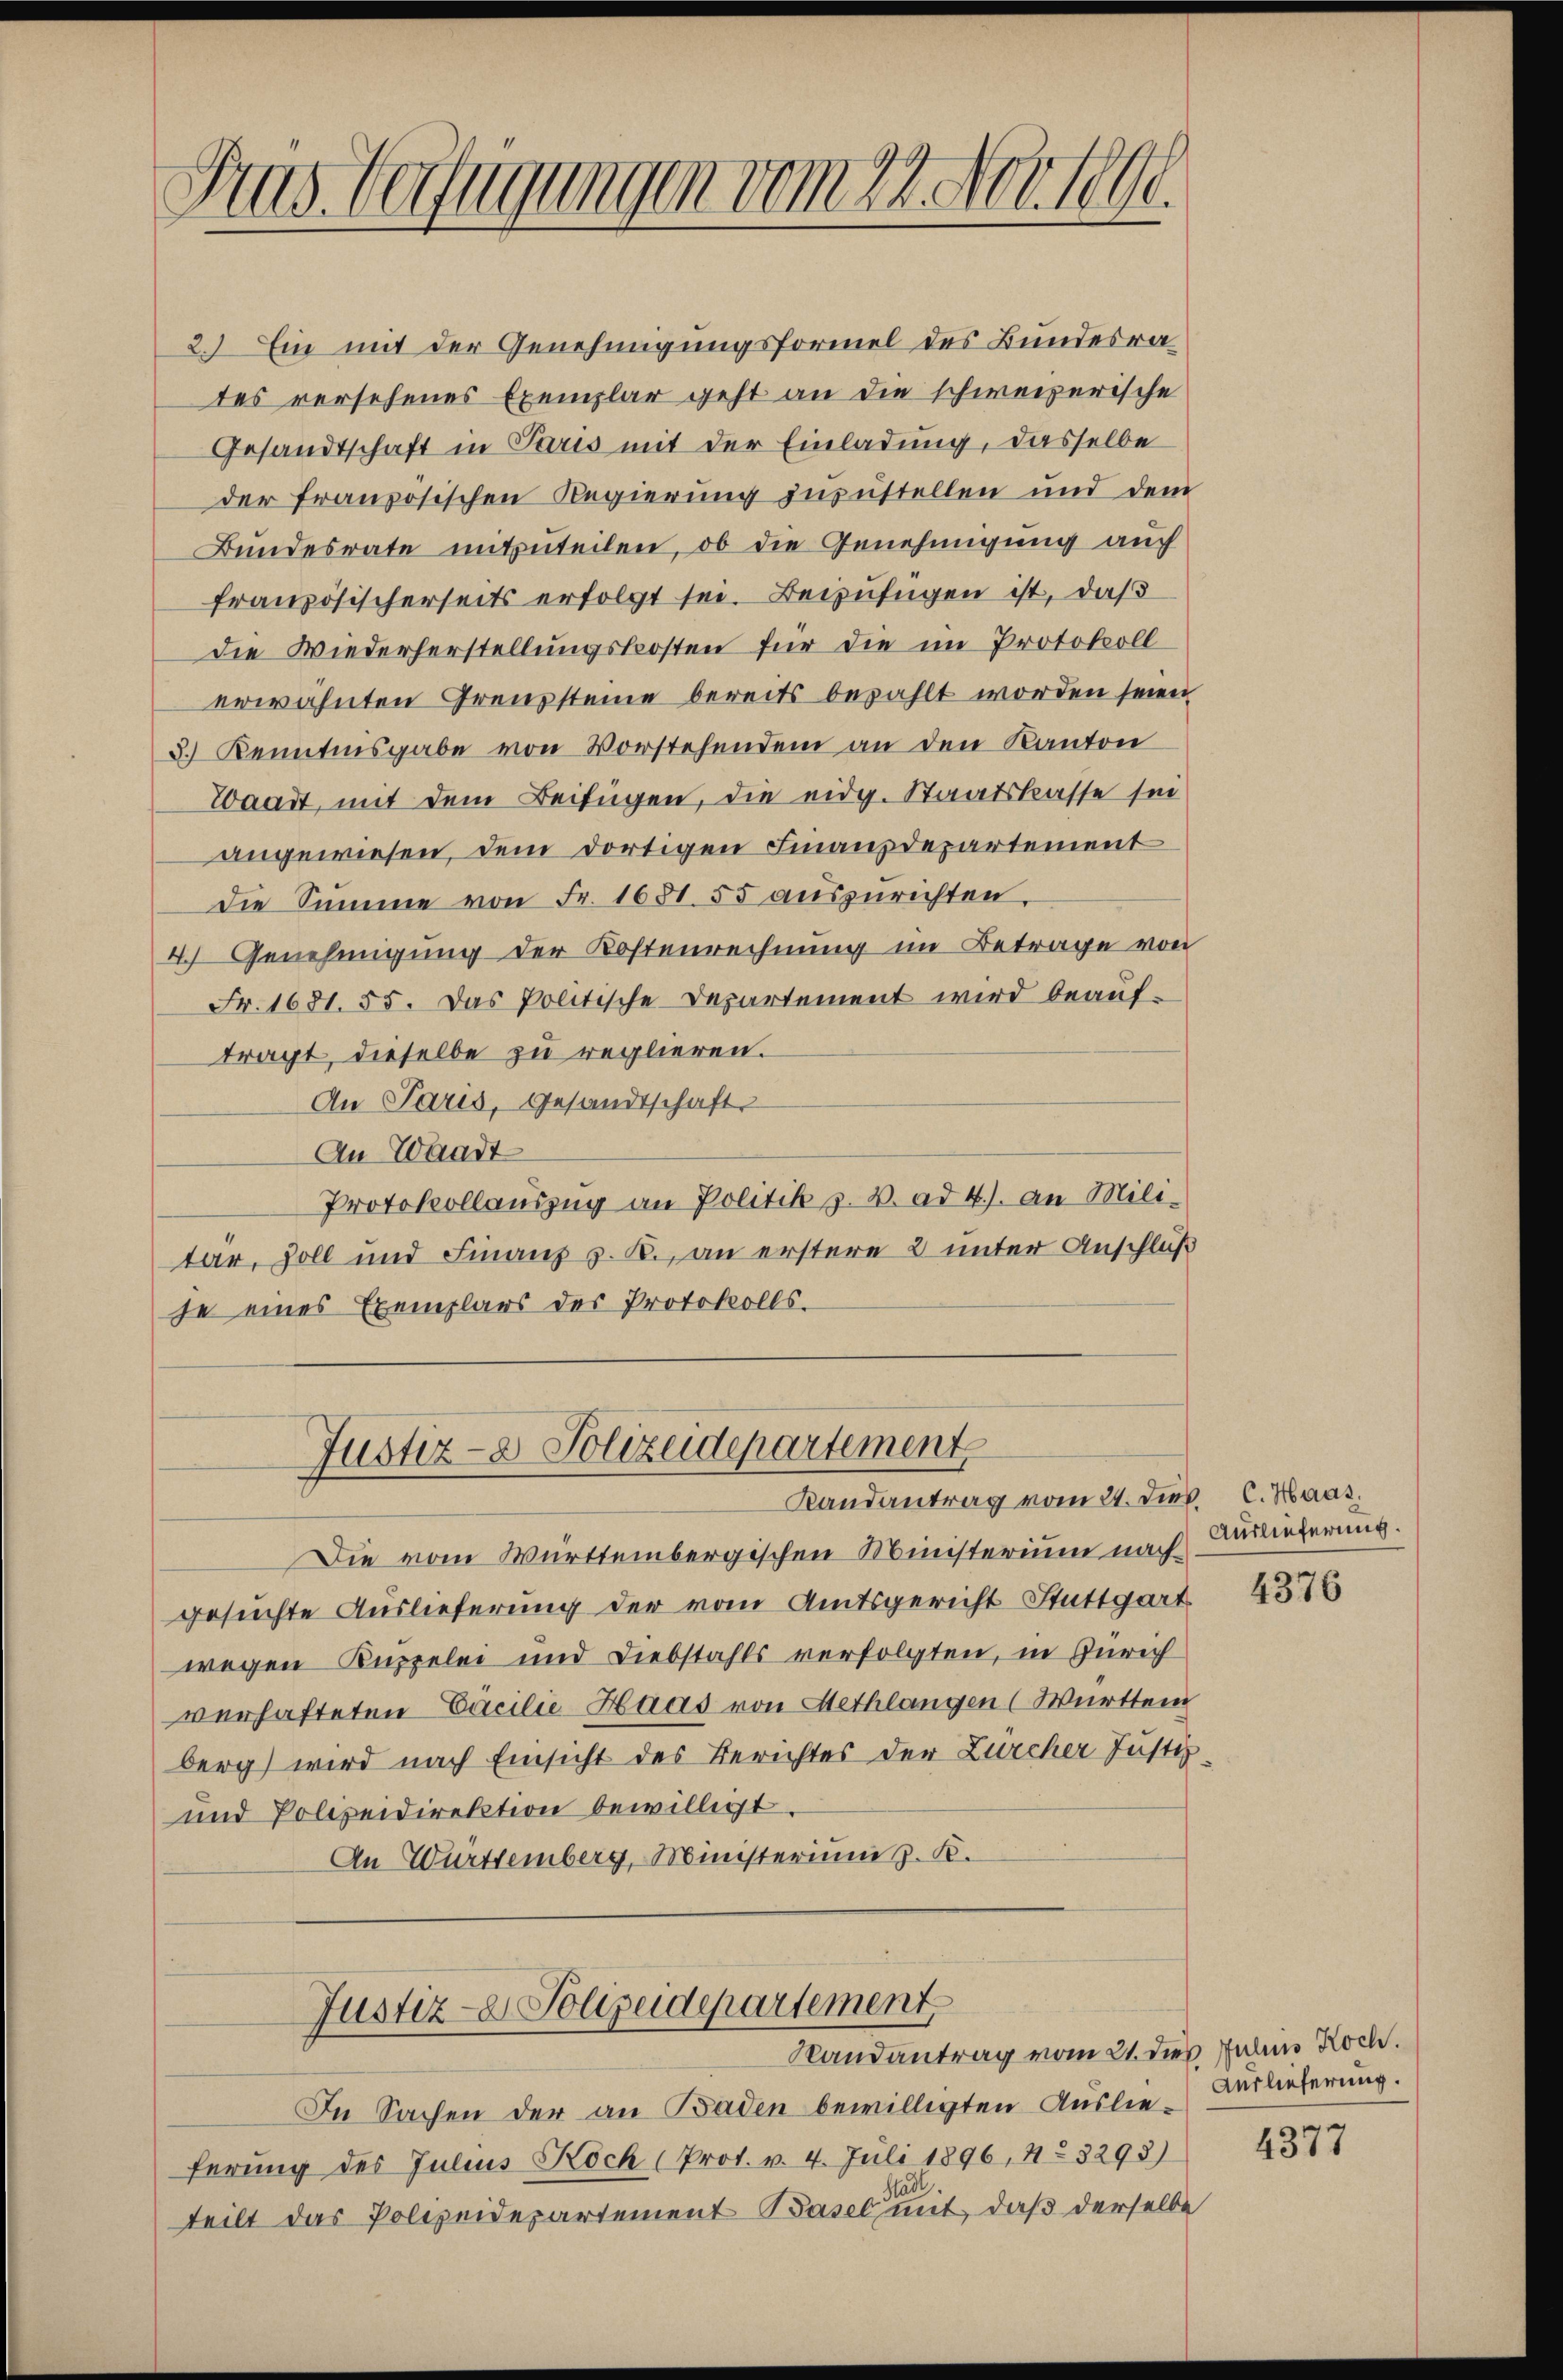
Pras Verfügungen vom 22. Nov. 1890.

2.) Ein mit der Genehmigungsformel des Bundesrates versehenes Exemplar geht an die schweizerische
Gesandtschaft in Paris mit der Einladung, dasselbe
der französischen Regierung zuzustellen und dem
Bundesrate mitzuteilen, ob die Genehmigung auch
französischerseits erfolgt sei. Beizufügen ist, daß
die Wiederherstellungskosten für die im Protokoll
erwähnten Grenzsteine bereits bezahlt worden seien
3.) Kenntnisgabe von Vorstehendem an den Kanton
Waadt, mit dem Beifügen, die eidg. Staatskasse sei
angewiesen, dem dortigen Finanzdepartement
die Summe von Fr. 1681. 55 auszurichten.
4.) Genehmigung der Kostenrechnung im Betrage von
Fr. 1681. 55. Das Politische Departement wird beauftragt, dieselbe zu reglieren.
An Paris, Gesandtschaft.
An Waadt
Protokollauszug an Politik z. B. ad 4.) an Mili-
tar, soll und Finanz v. R., an erstere 2 unter Anschluß
se eines Exemplars der Protokolls.
Justiz- & Polizeidepartement
Randantrag vom 21. Dies C. Haas.
Die vom Württembergischen Ministerium nachgesuchte Auslieferung der vom Amtsgericht Stuttgart
wegen Kuppelei und Diebstahls verfolgten, in Zürich
verhafteten Cacilie Haas von Methlangen (Württem
berg) wird nach Einsicht des Berichtes der Zürcher Justiz
und Polizeidirektion bewilligt.
An Württemberg, Ministerium z. B.
Justiz- & Polizeidepartement
Randantrag vom 21. dies Julius Roch.
In Sachen der an Baden bewilligten Auslie-Auslieferung.
ferung des Julius Koch (Prot. v. 4. Juli 1896, 11. 3295)
teilt das Polizeidepartement Basel mit, daß derselbe

Auslieferung.

4376

4377